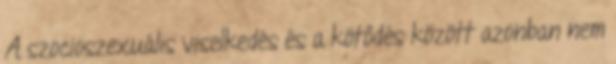
A szocioszexuális viselkedés és a kötődés között azonban nem